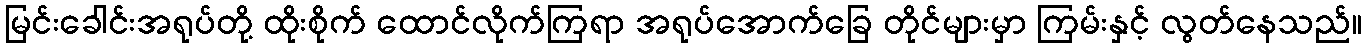
မြင်းခေါင်းအရုပ်တို့ ထိုးစိုက် ထောင်လိုက်ကြရာ အရုပ်အောက်ခြေ တိုင်များမှာ ကြမ်းနှင့် လွတ်နေသည်။